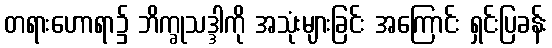
တရားဟောရာ၌ ဘိက္ခုသဒ္ဒါကို အသုံးများခြင်း အကြောင်း ရှင်းပြခန်း